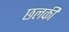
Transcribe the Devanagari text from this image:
छलकी